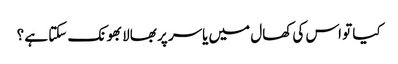
کیا تو اس کی کھال میں یاسر پر بھالا بھونک سکتا ہے ؟